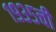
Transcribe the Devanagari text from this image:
१९३५ची